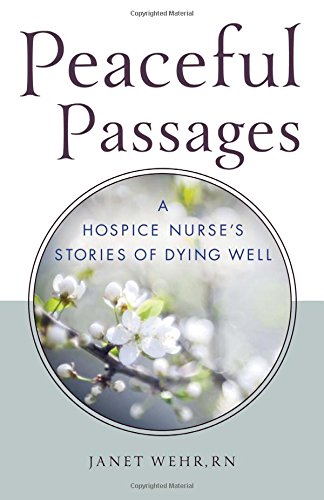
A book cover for Peaceful Passages: A Hospice Nurse's Stories of Dying Well; Janet Wehr RN  QTTP; Self-Help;